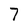
Character: 7